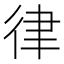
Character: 律